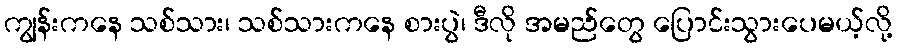
ကျွန်းကနေ သစ်သား၊ သစ်သားကနေ စားပွဲ၊ ဒီလို အမည်တွေ ပြောင်းသွားပေမယ့်လို့